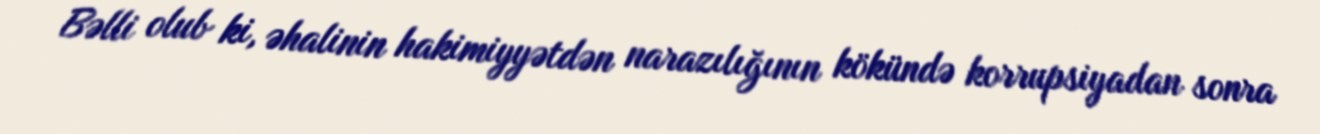
Bəlli olub ki, əhalinin hakimiyyətdən narazılığının kökündə korrupsiyadan sonra